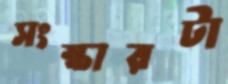
সংস্কারটা